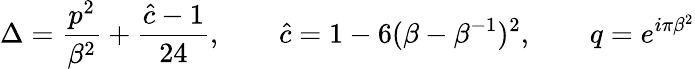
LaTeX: \Delta={\frac{p^{2}}{\beta^{2}}}+{\frac{\hat{c}-1}{24}},\qquad\hat{c}=1-6(\beta-\beta^{-1})^{2},\qquad q=e^{i\pi\beta^{2}}